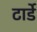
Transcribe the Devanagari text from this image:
टार्डे